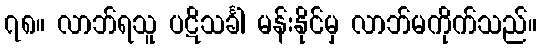
၇၈။ လာဘ်ရသူ ပဋိသင်္ခါ မန်းနိုင်မှ လာဘ်မကိုက်သည်။